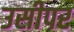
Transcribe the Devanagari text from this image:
उसीपर